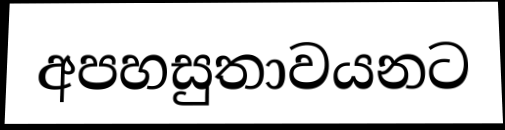
අපහසුතාවයනට